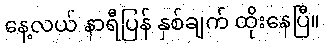
နေ့လယ် နာရီပြန် နှစ်ချက် ထိုးနေပြီ။